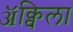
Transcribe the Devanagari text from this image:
ॲक्विला